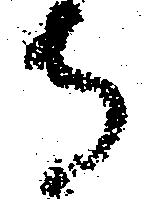
寺